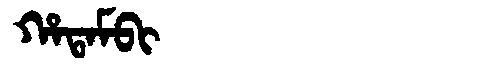
Manchu: ᡥᠠᡨᠠᠮᠪᡳ
Romanization: HATAMBI